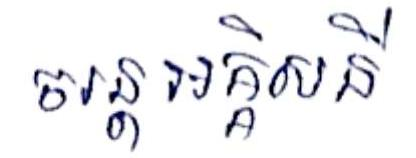
ចរន្ដអគ្គិសនី